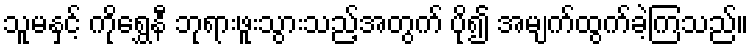
သူမနှင့် ကိုရွှေနီ ဘုရားဖူးသွားသည့်အတွက် ပို၍ အမျက်ထွက်ခဲ့ကြသည်။